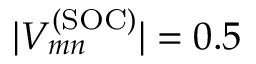
| V _ { m n } ^ { ( \mathrm { S O C ) } } | = 0 . 5